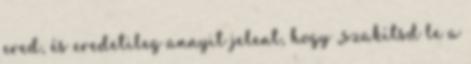
ered, és eredetileg annyit jelent, hogy „szakítsd le a